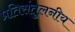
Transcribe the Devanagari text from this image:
प्रतिसंतुलनीय